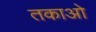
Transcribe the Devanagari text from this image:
तकाओ